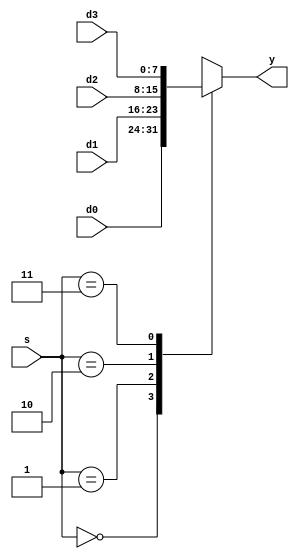
`timescale 1ns / 1ps
//////////////////////////////////////////////////////////////////////////////////
// Company: 
// Engineer: 
// 
// Design Name: 
// Module Name:    mux2 
// Project Name: 
// Target Devices: 
// Tool versions: 
// Description: 
//
// Dependencies: 
//
// Revision: 
// Revision 0.01 - File Created
// Additional Comments: 
//
//////////////////////////////////////////////////////////////////////////////////
module mux4 #(parameter WIDTH = 8)
				(input wire [WIDTH-1:0] d0, d1,d2,d3,
				input wire [1:0] s,
				output reg [WIDTH-1:0] y);
				
				//assign y = s[0] ?    (s[1]? d3 : d2)   : ( s[1] ? d1 : d0 );
				
				always@(*)
				begin
					case(s)
						2'b00:y<=d0;
						2'b01:y<=d1;
						2'b10:y<=d2;
						2'b11:y<=d3;
						default: y<=2'dx;
					endcase
				end
				
 
endmodule